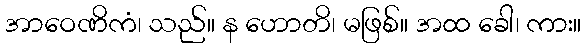
အာဝေဏိကံ၊ သည်။ န ဟောတိ၊ မဖြစ်။ အထ ခေါ၊ ကား။